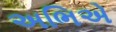
અભિએ